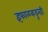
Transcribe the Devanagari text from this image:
इंफाळकडूनही